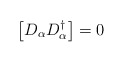
\begin{align*}\left[D_{\alpha} D^{\dagger}_{\alpha} \right] =0\end{align*}